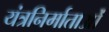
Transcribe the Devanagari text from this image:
यंत्रनिर्माताओं